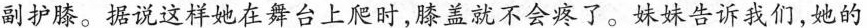
副护膝。据说这样她在舞台上爬时，膝盖就不会疼了。妹妹告诉我们，她的